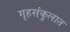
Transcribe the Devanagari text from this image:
गृहसंकुलात